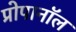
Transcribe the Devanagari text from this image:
प्रोपानॉल